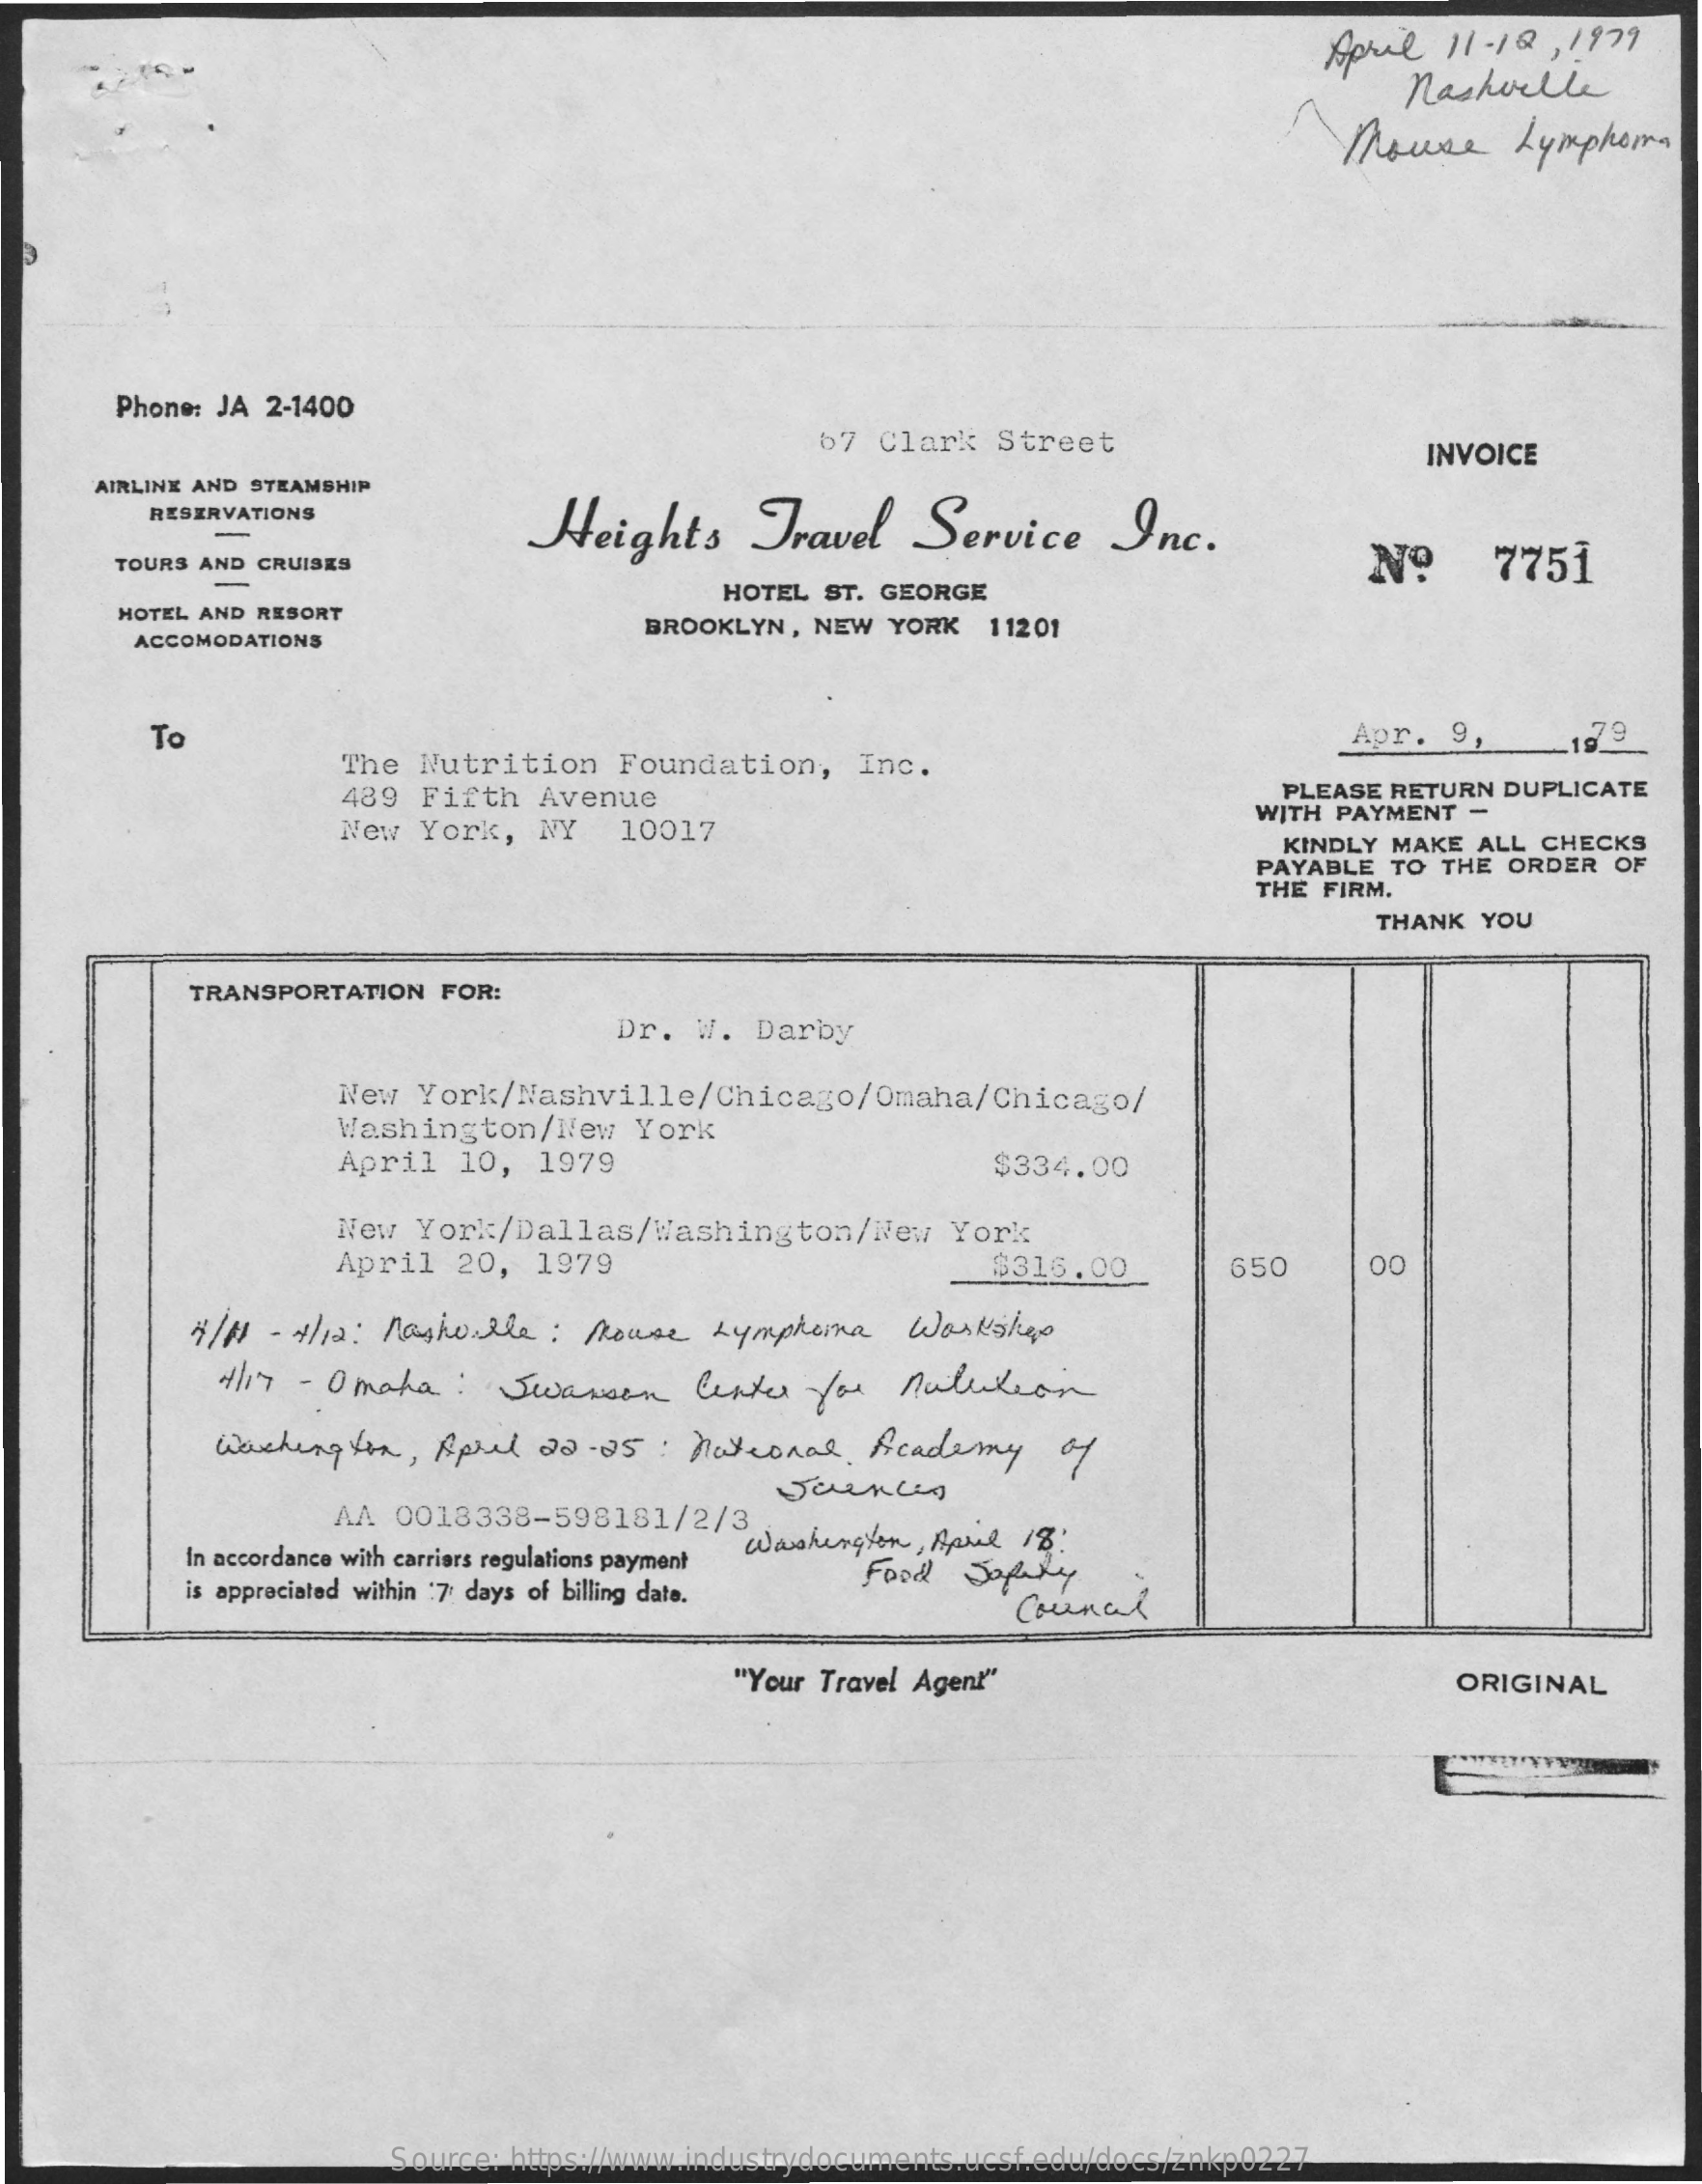
April 11- 12,  1979
     nashville
     Mouse    Lymphoma
     Phone: JA 2-1400
     67 Clark   Street    INVOICE
     AIRLINE AND STEAMSHIP
     RESERVATIONS
     Heights    Travel    Service    Inc.
     TOURS AND CRUISES    Nº    7751
     HOTEL AND RESORT
     HOTEL ST. GEORGE
     ACCOMODATIONS
     BROOKLYN, NEW  YORK   11201
     To    Apr.  9,    79
     The  Nutrition    Foundation,    Inc.
     489  Fifth  Avenue    PLEASE RETURN  DUPLICATE
     New  York,   NY   10017
     WITH PAYMENT -
     KINDLY MAKE  ALL CHECKS
     PAYABLE  TO THE ORDER  OF
     THE FIRM.
     THANK YOU
     TRANSPORTATION  FOR:
     Dr.  W.  Darby
     New  York/Nashville/Chicago/Omaha/Chicago/
     Washington/New    York
     April   10,  1979    $334.00
     New  York/Dallas/Washington/New    York
     April  20,  1979    $316.00    650    00
     7/ 11 - 4/12: Nashe She : Mouse Lymphoma    Workshop
     4/17 - Omaha:    Swanson    Center  for  natation
     Washington,   April 20-25   : National    Academy    of
     AA  0018338-598181/2/3
     In accordance with carriers regulations payment
     Washington, April 18:
     is appreciated within :7 days of billing date.
     Food   Safety
     Council
     "Your Travel Agent"    ORIGINAL
     Source: https://www.industrydocuments.ucsf.edu/docs/znkp0227